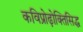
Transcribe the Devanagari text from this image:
कविप्रोढ़ोक्तिसिद्ध